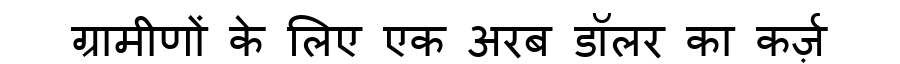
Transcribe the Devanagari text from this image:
ग्रामीणों के लिए एक अरब डॉलर का कर्ज़